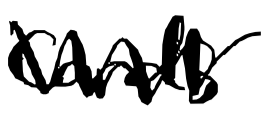
Text: cards
Cross-out: zig-zag
Writing tool: digital_black